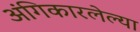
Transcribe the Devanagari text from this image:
अंगिकारलेल्या